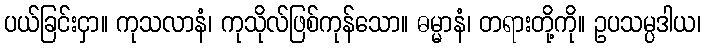
ပယ်ခြင်းငှာ။ ကုသလာနံ၊ ကုသိုလ်ဖြစ်ကုန်သော။ ဓမ္မာနံ၊ တရားတို့ကို။ ဥပသမ္ပဒါယ၊